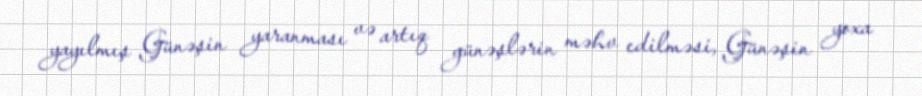
yayılmış Günəşin yaranması və artıq günəşlərin məhv edilməsi, Günəşin yoxa